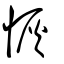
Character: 恢